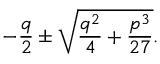
- { \frac { q } { 2 } } \pm { \sqrt { { \frac { q ^ { 2 } } { 4 } } + { \frac { p ^ { 3 } } { 2 7 } } } } .